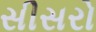
સીસરો